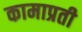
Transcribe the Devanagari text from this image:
कामाप्रती